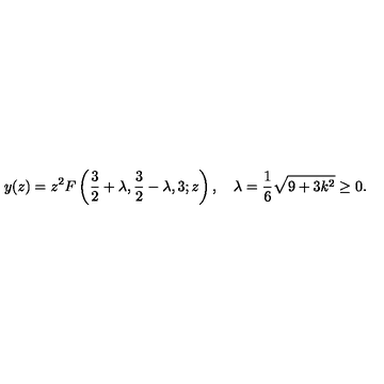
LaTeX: y ( z ) = z ^ { 2 } F \left( \frac { 3 } { 2 } + \lambda , \frac { 3 } { 2 } - \lambda , 3 ; z \right) , \quad \lambda = \frac { 1 } { 6 } \sqrt { 9 + 3 k ^ { 2 } } \ge 0 .